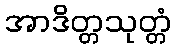
အာဒိတ္တသုတ္တံ